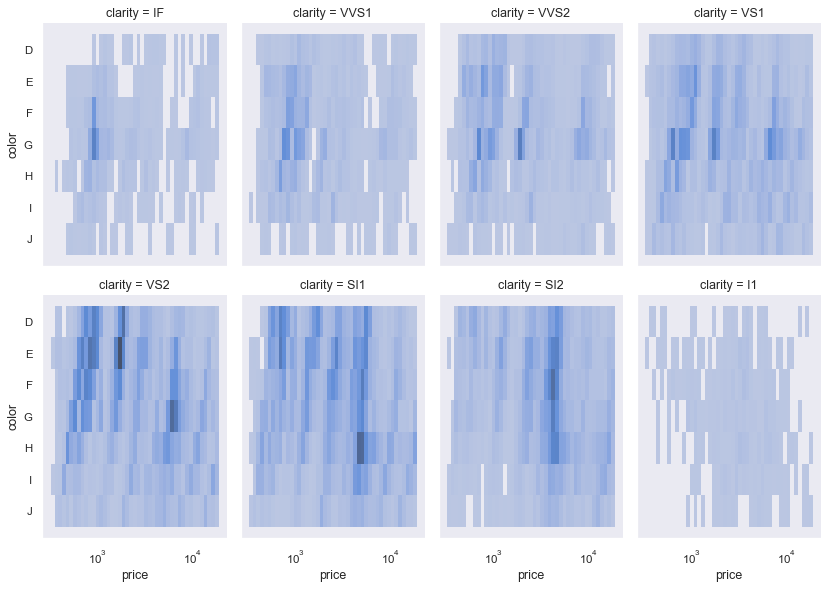
python, seaborn, displot